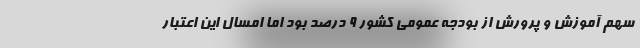
سهم آموزش و پرورش از بودجه عمومی کشور ۹ درصد بود اما امسال این اعتبار